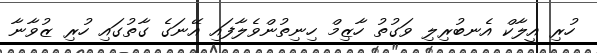
ހުރި އީލާކް އެނބުރިލި ވަގުތު ހާޒިމް ހިނިތުންވެލާފައި އޭނަގެ ގާތުގައި ހުރި ޒުވާނާ